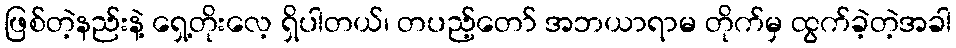
ဖြစ်တဲ့နည်းနဲ့ ရှေ့တိုးလေ့ ရှိပါတယ်၊ တပည့်တော် အဘယာရာမ တိုက်မှ ထွက်ခဲ့တဲ့အခါ